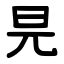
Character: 㫕